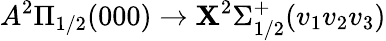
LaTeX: A^{2}\Pi_{1/2}(000)\rightarrow\mathbf{X}^{2}\Sigma_{1/2}^{+}(v_{1}v_{2}v_{3})